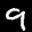
Label: 9